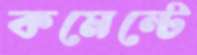
কমেন্টে